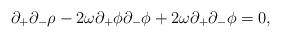
LaTeX: \begin{align*}\partial_+\partial_-\rho - 2\omega\partial_+\phi\partial_-\phi +2\omega\partial_+\partial_-\phi = 0,\end{align*}